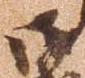
御